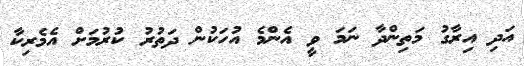
އަދި އިރާގު މަތިންދާ ނަމަ ވީ އެންމެ އުހަކުން ދަތުރު ކުރުމަށް އެމެރިކާ